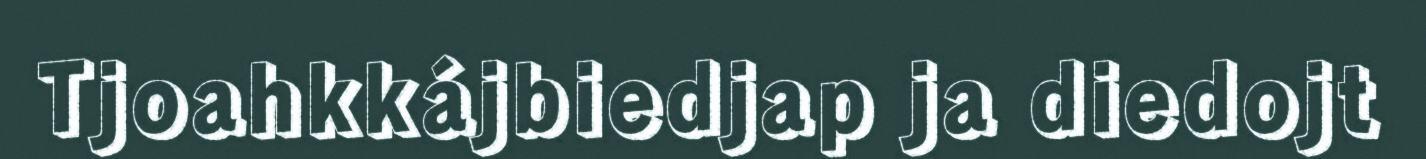
Tjoahkkájbiedjap ja diedojt